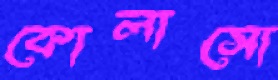
কোলাসো